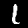
Label: 1